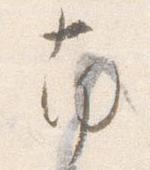
南